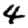
Digit: 4